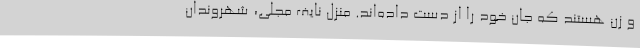
و زن هستند که جان خود را از دست داده‌اند. منزل نایف مجلی، شهروندان